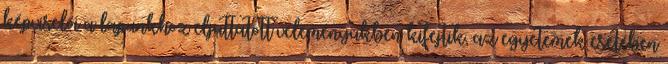
képviselői a lapunkhoz eljuttatott véleményükben kifejtik, az egyetemek esetében